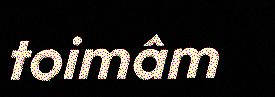
toimâm